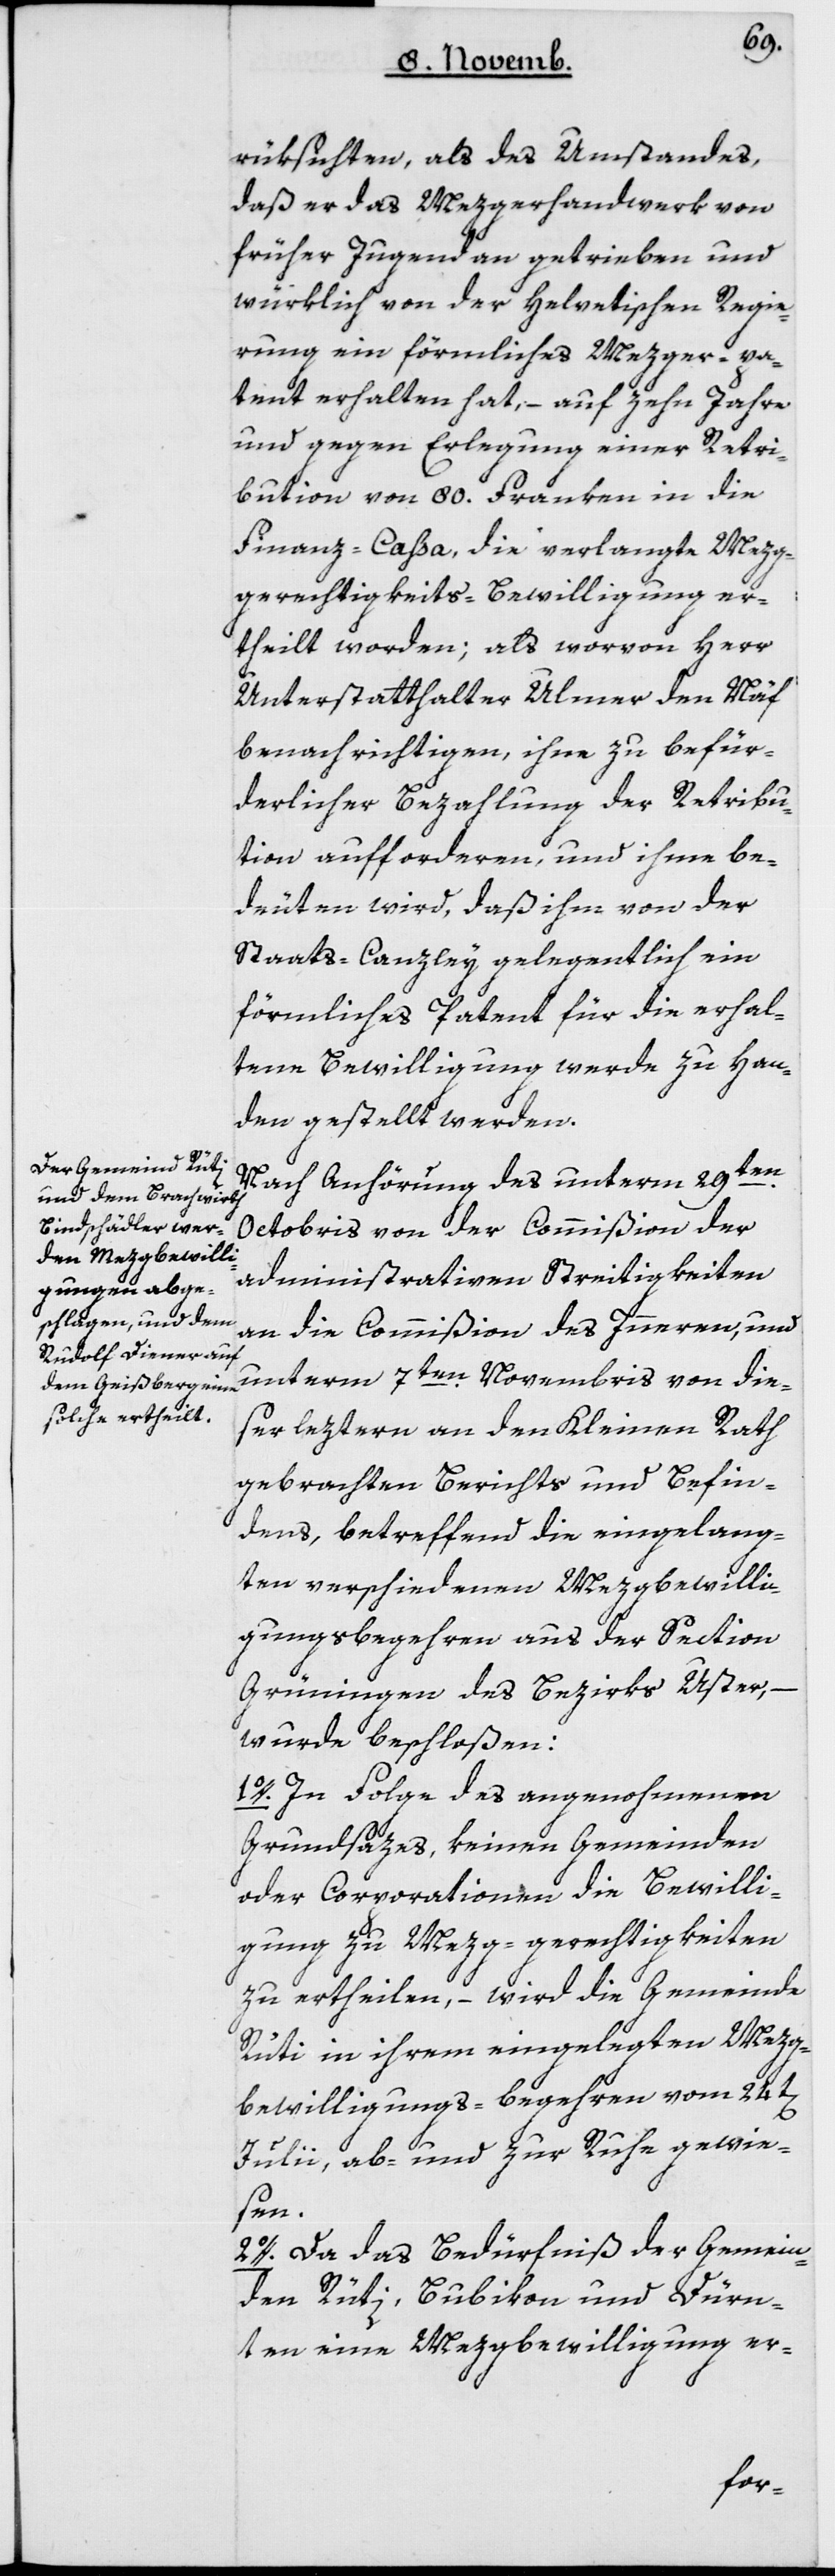
rüksichten, als des Umstandes,
daß er das Mezgerhandwerk von
früher Jugend an getrieben und
würklich von der Helvetischen Regie¬
rung ein förmliches Mezger-pa¬
tent erhalten hat, – auf zehn Jahre
und gegen Erlegung einer Retri¬
bution von 80 Franken in die
Finanz-Caßa, die verlangte Mezg¬
gerechtigkeits-Bewilligung er¬
theilt worden; als worvon Herr
Unterstatthalter Ulmer den Näf
benachrichtigen, ihne zu befür¬
derlicher Bezahlung der Retribu¬
tion aufforderen, und ihme be¬
deuten wird, daß ihm von der
Staatscanzley gelegentlich ein
förmliches Patent für die erhal¬
tene Bewilligung werde zu Han¬
den gestellt werden.
Nach Anhörung des unterm 29ten
Octobris von der Commißion der
administrativen Streitigkeiten
an die Commißion des Innern, und
unterm 7ten Novembris von die¬
ser letztern an den Kleinen Rath
gebrachten Berichts und Befin¬
dens, betreffend die eingelang¬
ten verschiedenen Mezgbewilli¬
gungsbegehren aus der Section
Grüningen des Bezirks Uster, –
wurde beschloßen:
1. In Folge des angenommenen
Grundsatzes, keinen Gemeinden
oder Corporationen die Bewilli¬
gung zu Mezg-gerechtigkeiten
zu ertheilen, – wird die Gemeinde
Rüti in ihrem eingelegten Mezg¬
bewilligungs-Begehren vom 24t[en]
Julii, ab- und zur Ruhe gewie¬
sen.
2. Da das Bedürfniß der Gemein¬
den Rüti, Bubikon und Dürn¬
ten eine Mezgbewilligung er-